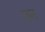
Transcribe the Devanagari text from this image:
रुन